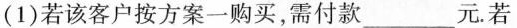
(1)若该客户按方案一购买，需付款_元。若